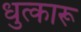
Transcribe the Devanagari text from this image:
धुत्कारू